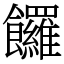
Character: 饠